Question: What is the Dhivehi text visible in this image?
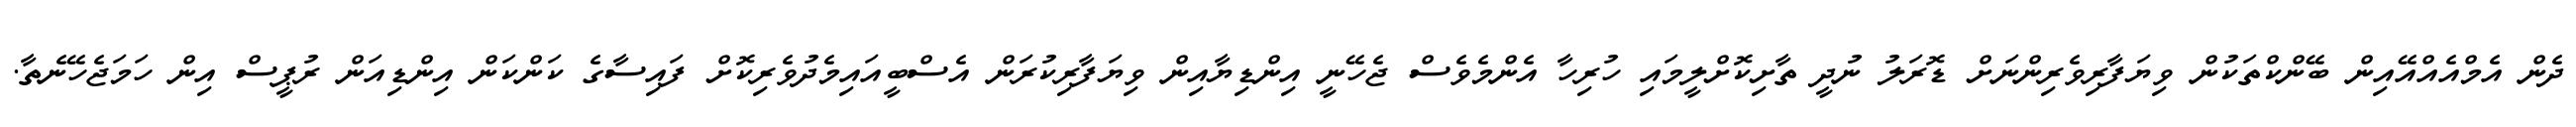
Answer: ދެން އެމްއެއްއޭއިން ބޭންކްތަކުން ވިޔަފާރިވެރިންނަށް ޑޮރަލު ނުދީ ތާށިކޮށްލީމައި ހުރިހާ އެންމެވެސް ޖެހޭނީ އިންޑިޔާއިން ވިޔަފާރިކުރަން އެސްބީއައިމެދުވެރިކޮށް ފައިސާގެ ކަންކަން އިންޑިއަން ރުޕީސް އިން ހަމަޖެހޭނެތާ.